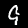
Label: 9